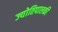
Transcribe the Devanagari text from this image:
ज्योतिपालकी